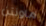
ماونتن